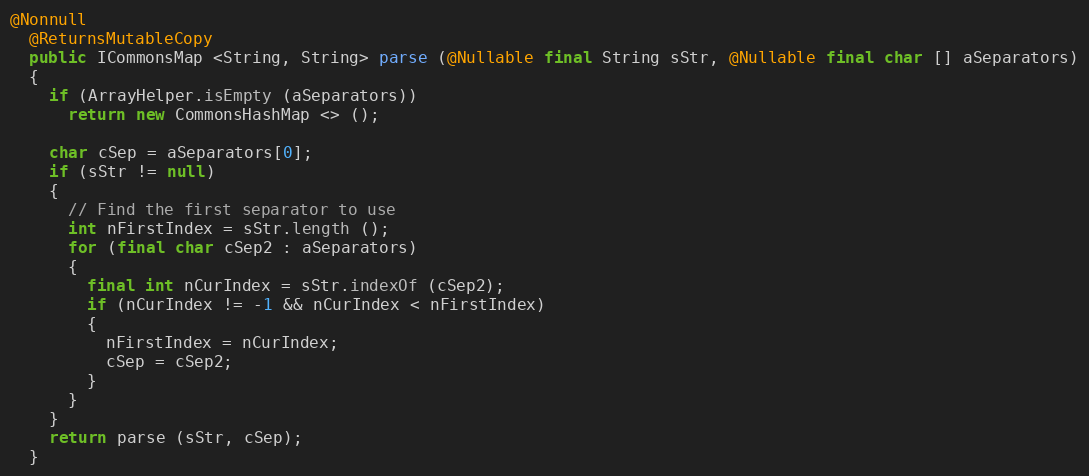
Language: Java
@Nonnull
  @ReturnsMutableCopy
  public ICommonsMap <String, String> parse (@Nullable final String sStr, @Nullable final char [] aSeparators)
  {
    if (ArrayHelper.isEmpty (aSeparators))
      return new CommonsHashMap <> ();

    char cSep = aSeparators[0];
    if (sStr != null)
    {
      // Find the first separator to use
      int nFirstIndex = sStr.length ();
      for (final char cSep2 : aSeparators)
      {
        final int nCurIndex = sStr.indexOf (cSep2);
        if (nCurIndex != -1 && nCurIndex < nFirstIndex)
        {
          nFirstIndex = nCurIndex;
          cSep = cSep2;
        }
      }
    }
    return parse (sStr, cSep);
  }